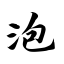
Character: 泡